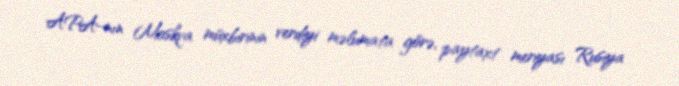
APA-nın Moskva müxbirinin verdiyi məlumata görə, paytaxt meriyası Rusiya